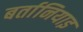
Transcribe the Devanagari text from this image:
बर्तानियाइ